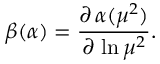
\beta ( \alpha ) = \frac { \partial \, \alpha ( \mu ^ { 2 } ) } { \partial \, \ln \mu ^ { 2 } } .